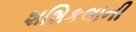
શશિકલાની